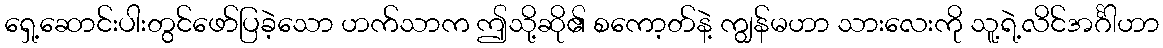
ရှေ့ဆောင်းပါးတွင်ဖော်ပြခဲ့သော ဟက်သာက ဤသို့ဆို၏ စကော့တ်နဲ့ ကျွန်မဟာ သားလေးကို သူ့ရဲ့လိင်အင်္ဂါဟာ